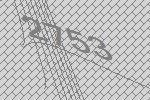
2753